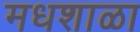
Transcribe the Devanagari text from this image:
मधशाळा